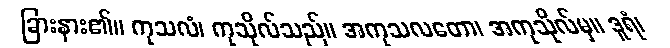
ခြားနား၏။ ကုသလံ၊ ကုသိုလ်သည်။ အကုသလတော၊ အကုသိုလ်မှ။ ဒူရံ၊